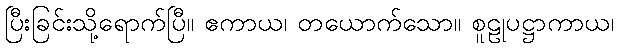
ပြီးခြင်းသို့ရောက်ပြီ။ ဧကာယ၊ တယောက်သော။ စူဠုပဋ္ဌာကာယ၊